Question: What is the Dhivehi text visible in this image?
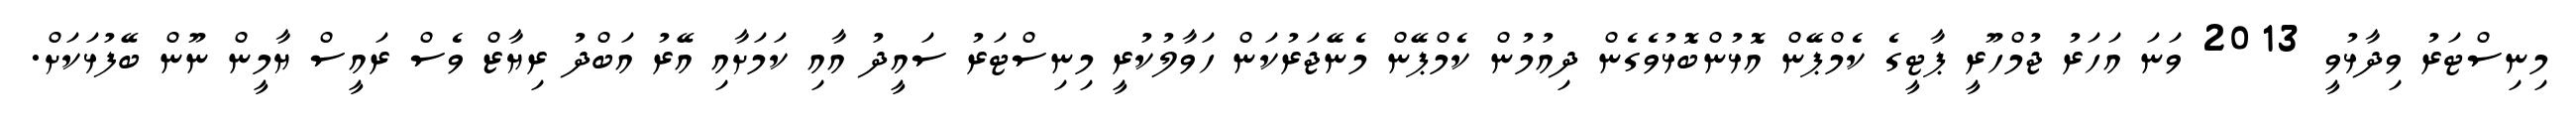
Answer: މިނިސްޓަރު ވިދާޅުވީ 2013 ވަނަ އަހަރު ޖުމްހޫރީ ޕާޓީގެ ކެމްޕޭން އޮޅުންބޮޅުވެގެން ދިއުމުން ކެމްޕޭން މެނޭޖަރުކަން ހަވާލުކުރީ މިނިސްޓަރު ސައީދު އާއި ކަމަށާއި އޭރު އަބްދު ރިޔާޒް ވެސް ރައީސް ޔާމީން ނޫން ބޭފުޅަކަށް.